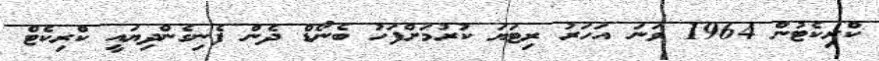
ކްރިކެޓުން 1964 ވަނަ އަހަރު ރިޓަޔަ ކުރުމަށްފަހު ބެނޯޑް ދެން ފެނިގެންދިޔައީ ކްރިކެޓް